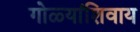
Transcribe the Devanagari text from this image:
गोळ्यांशिवाय